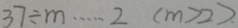
3 7 \div m \cdots 2 ( m > 2 )